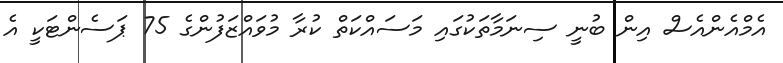
އެމްއެންއެސް އިން ބުނީ ސިނަމާތަކުގައި މަސައްކަތް ކުރާ މުވައްޒަފުންގެ 75 ޕަސެންޓަކީ އެ